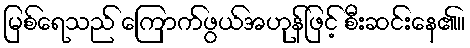
မြစ်ရေသည် ကြောက်ဖွယ်အဟုန်ဖြင့် စီးဆင်းနေ၏။